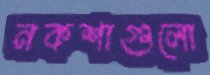
নকশাগুলো